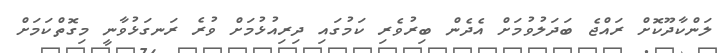
ލަންކާދޫކޮށް ރައްޖެ ބަދަލުވުމަށް އެދެން ބިރުވެރި ކަމުގައި ދިރިއުޅުމަށް ވުރެ ރަނގަޅުވާނީ މިގޮތްކަމަށް